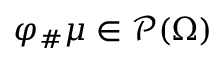
\varphi _ { \# } \mu \in \mathscr { P } ( \Omega )